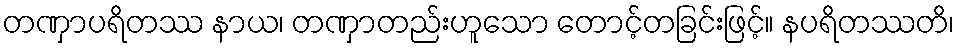
တဏှာပရိတဿ နာယ၊ တဏှာတည်းဟူသော တောင့်တခြင်းဖြင့်။ နပရိတဿတိ၊